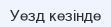
Уезд кезінде